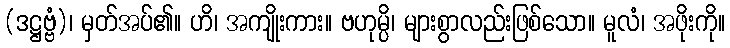
(ဒဋ္ဌဗ္ဗံ)၊ မှတ်အပ်၏။ ဟိ၊ အကျိုးကား။ ဗဟုမ္ပိ၊ များစွာလည်းဖြစ်သော။ မူလံ၊ အဖိုးကို။